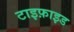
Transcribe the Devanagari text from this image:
टाइफ़ाइड